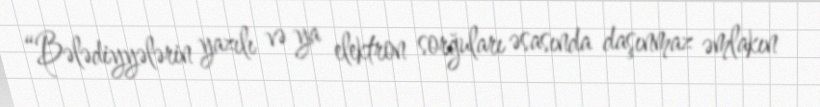
“Bələdiyyələrin yazılı və ya elektron sorğuları əsasında daşınmaz əmlakın